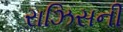
રાઝિસની